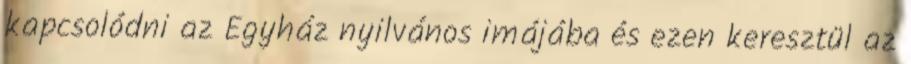
kapcsolódni az Egyház nyilvános imájába és ezen keresztül az